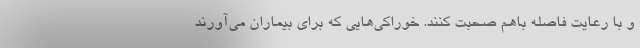
و با رعایت فاصله باهم صحبت کنند. خوراکی‌هایی که برای بیماران می‌آورند